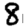
Digit: 8